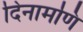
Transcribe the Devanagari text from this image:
दिनामणि